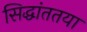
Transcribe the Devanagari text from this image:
सिद्धांततया